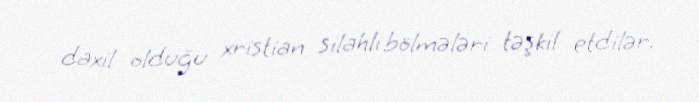
daxil olduğu xristian silahlı bölmələri təşkil etdilər.